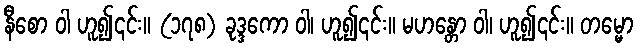
နီစော ဝါ ဟူ၍၎င်း။ (၁၇၈) ခုဒ္ဒကော ဝါ၊ ဟူ၍၎င်း။ မဟန္တော ဝါ၊ ဟူ၍၎င်း။ တမ္မော